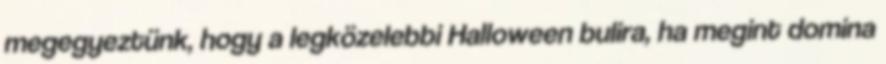
megegyeztünk, hogy a legközelebbi Halloween bulira, ha megint domina